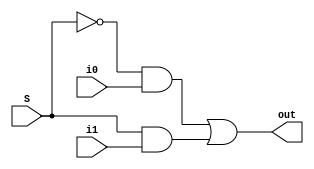
//2-to-1 mux

module mux2to1 (i0, i1, S, out);
input i0, i1, S;
output out;

assign out = ~S & i0 | S & i1;

endmodule